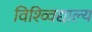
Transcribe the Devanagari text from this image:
विश्व्विद्याल्य